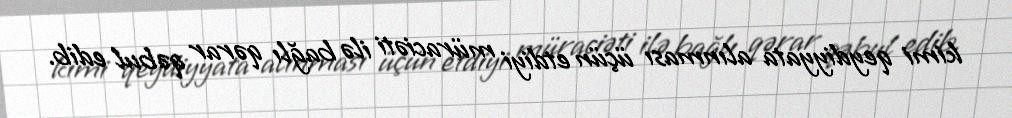
kimi qeydiyyata alınması üçün etdiyi müraciəti ilə bağlı qərar qəbul edib.